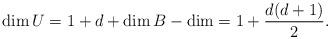
LaTeX: \begin{align*}\dim U=1+d+\dim B-\dim =1+\frac{d(d+1)}{2}.\end{align*}